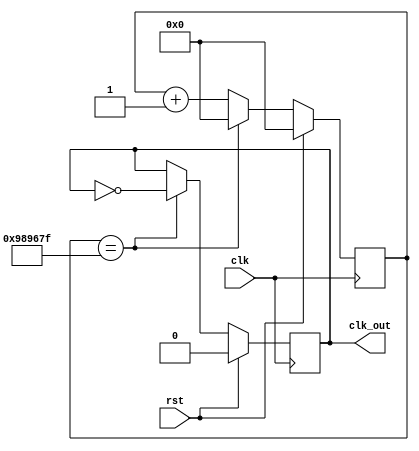
module my_fpq2(clk,rst,clk_out);
   parameter N = 10000000;
   input clk;
   input rst;
   output reg clk_out;
   reg[24:0] counter;

always @(posedge clk) 
   begin
	if (rst) 
	 begin
	  counter <= 0;
	 end
	else if(counter == N-1) 
	 begin
	  counter <= 0;
	 end
	else 
	 begin
	  counter <= counter + 1;
	 end
   end

always @(posedge clk) 
   begin
	if (rst) 
	 begin
	  clk_out <= 0;
	 end
	else if (counter == N-1) 
	 begin
	  clk_out <= ~clk_out;
	 end
   end

endmodule